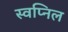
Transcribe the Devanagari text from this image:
स्‍वप्निल